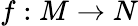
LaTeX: f:M\rightarrow N